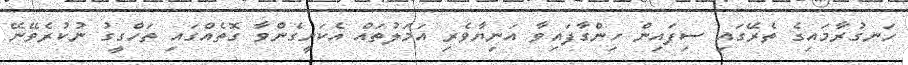
ހަނގުރާމައިގެ ތެރޭގައި ސިފައިން ހިންގާފައިވާ އަނިޔާވެރި އަމަލުތައް އެކަށީގެންވާ ގޮތެއްގައި ތަހްގީގު ނުކުރެވޭނޭ